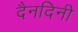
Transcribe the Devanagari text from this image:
दैनदिनी